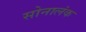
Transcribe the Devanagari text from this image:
सोनालंक